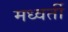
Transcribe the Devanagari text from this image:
मध्वर्ती